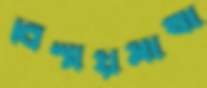
বিস্ময়মাখা